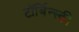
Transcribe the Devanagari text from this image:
टॉर्बिन्स्की